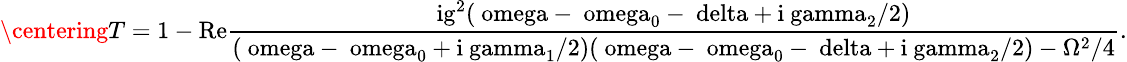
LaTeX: \small\centering T=1-\mathrm{{Re}\frac{ig^{2}(\ omega-\ omega_{0}-\ delta+i\ gamma_{2}/2)}{(\ omega-\ omega_{0}+i\ gamma_{1}/2)(\ omega-\ omega_{0}-\ delta+i\ gamma_{2}/2)-\Omega^{2}/4}.}